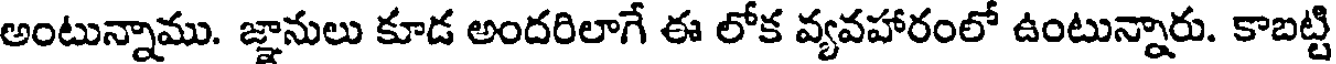
అంటున్నాము. జ్ఞానులు కూడ అందరిలాగే ఈ లోక వ్యవహారంలో ఉంటున్నారు. కాబట్టి